Elephants and their diseases
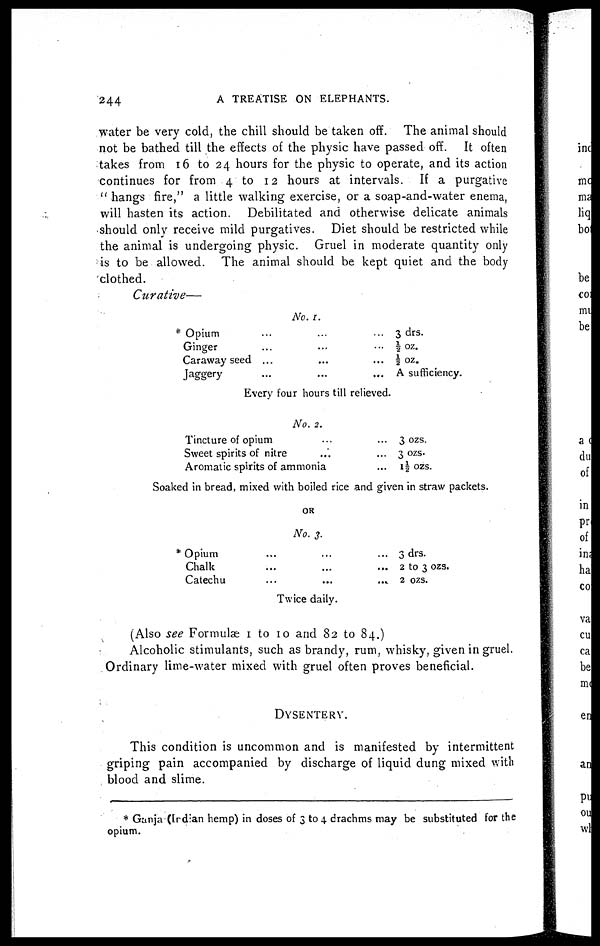
244
A
TREATISE ON ELEPHANTS.
water be very cold, the chill should be taken off. The animal should
not be bathed till the effects of the physic have passed off. It often
takes from 16 to 24 hours for the physic to operate, and its action
continues for from 4 to 12 hours at intervals. If a purgative
" hangs fire," a little walking exercise, or a soap-and-water enema,
will hasten its action. Debilitated and otherwise delicate animals
should only receive mild purgatives. Diet should be restricted while
the animal is undergoing physic. Gruel in moderate quantity only
is to be allowed. The animal should be kept quiet and the body
clothed.
Curative—
No. 1.
* Opium ... ... ...
Ginger ... ... ...
Caraway seed ... ... ...
Jaggery ... ... ...
3 drs.
½ oz.
½ oz.
A sufficiency.
Every four hours till relieved.
No. 2.
Tincture of opium......
Sweet spirits of nitre......
Aromatic spirits of ammonia...
3 ozs.
3 ozs.
1½ ozs.
Soaked in bread, mixed with boiled rice and given in straw packets.
OR
No. 3.
* Opium
...
...
...
Chalk
...
...
...
Catechu
...
...
....
3 drs.
2 to 3 ozs.
2 ozs.
Twice daily.
(Also see Formulae 1 to 10 and 82 to 84.)
Alcoholic stimulants, such as brandy, rum, whisky, given in gruel.
Ordinary lime-water mixed with gruel often proves beneficial.
DYSENTERY.
This condition is uncommon and is manifested by intermittent
griping pain accompanied by discharge of liquid dung mixed with
blood and slime.
* Ganja (Indian hemp) in doses of 3 to 4 drachms may be substituted for the
opium.